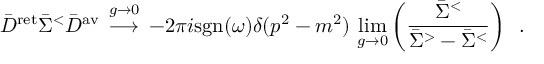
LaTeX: \bar { D } ^ { \mathrm { r e t } } \bar { \Sigma } ^ { < } \bar { D } ^ { \mathrm { a v } } \, \stackrel { g \rightarrow 0 } { \longrightarrow } \, - 2 \pi i \mathrm { s g n } ( \omega ) \delta ( p ^ { 2 } - m ^ { 2 } ) \, \operatorname * { l i m } _ { g \rightarrow 0 } \left( \frac { \bar { \Sigma } ^ { < } } { \bar { \Sigma } ^ { > } - \bar { \Sigma } ^ { < } } \right) \, \, \, .